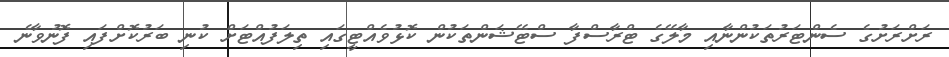
ރަށްރަށުގެ ސެންޓަރުތަކުންނާއި މާލޭގެ ޓްރާސްފާ ސްޓޭޝަންތަކުން ކޮޅުވެއްޓީގައި ތިލަފުއްޓަށް ކުނި ބަރުކޮށްފައި ފޮނުވާނެ